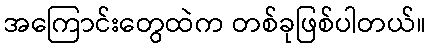
အကြောင်းတွေထဲက တစ်ခုဖြစ်ပါတယ်။